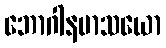
ဘောဂါနမာသယော